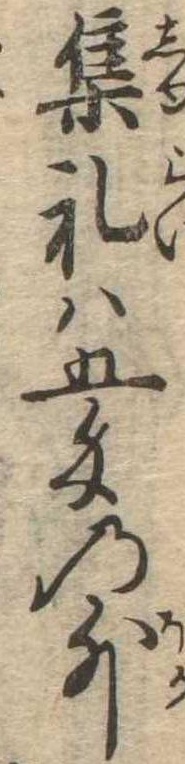
集礼は五匁の外